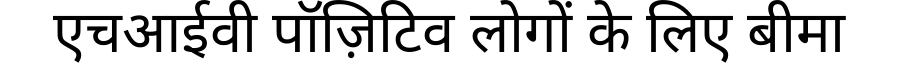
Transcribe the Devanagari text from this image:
एचआईवी पॉज़िटिव लोगों के लिए बीमा